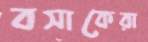
বসাকেরা